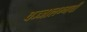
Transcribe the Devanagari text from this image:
वज्‍जालग्गची